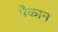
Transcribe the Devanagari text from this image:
पैकान